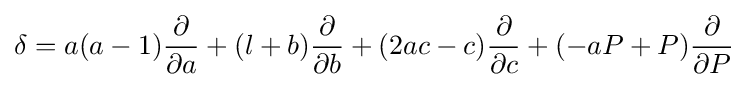
\delta =a(a-1){\dfrac {\partial }{\partial a}}+(l+b){\dfrac {\partial }{\partial b}}+(2ac-c){\dfrac {\partial }{\partial c}}+(-aP+P){\dfrac {\partial }{\partial P}}